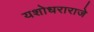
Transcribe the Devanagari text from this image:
यशोधराराजे